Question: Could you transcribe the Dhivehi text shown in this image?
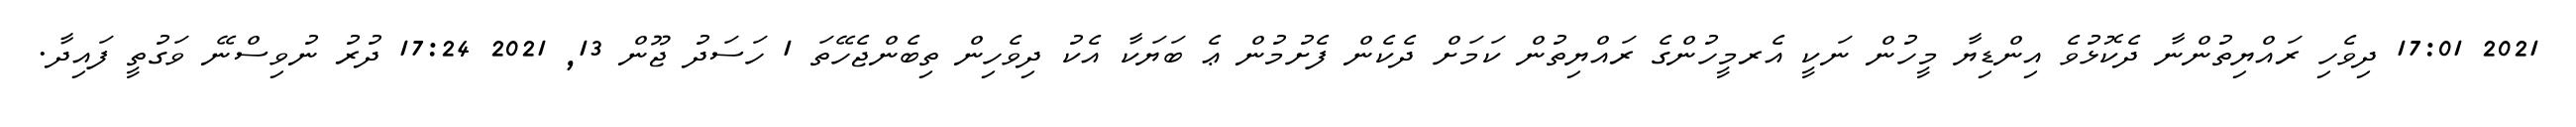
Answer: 2021 17:01 ދިވެހި ރައްޔިތުންނާ ދެކޮޅުވެ އިންޑިޔާ މީހުން ނަކީ އެރމީހުންގެ ރައްޔިތުން ކަމަށް ދެކެން ފެށުމުން ޢެ ބަޔަކާ އެކު ދިވެހިން ތިބެންޖެހޭތަ 1 ހަސަދު ޖޫން 13, 2021 17:24 ދުރު ނުވިސްނޭ ވަގުތީ ފައިދާ.